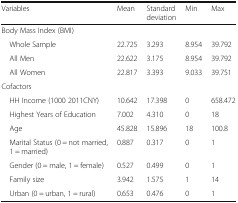
<table><thead><tr><td><b>Variables</b></td><td><b>Mean</b></td><td><b>Standard deviation</b></td><td><b>Min</b></td><td><b>Max</b></td></tr></thead><tbody><tr><td colspan="5">Body Mass Index (BMI)</td></tr><tr><td> Whole Sample</td><td>22.725</td><td>3.293</td><td>8.954</td><td>39.792</td></tr><tr><td> All Men</td><td>22.622</td><td>3.175</td><td>8.954</td><td>39.792</td></tr><tr><td> All Women</td><td>22.817</td><td>3.393</td><td>9.033</td><td>39.751</td></tr><tr><td colspan="5">Cofactors</td></tr><tr><td> HH Income (1000 2011CNY)</td><td>10.642</td><td>17.398</td><td>0</td><td>658.472</td></tr><tr><td> Highest Years of Education</td><td>7.002</td><td>4.310</td><td>0</td><td>18</td></tr><tr><td> Age</td><td>45.828</td><td>15.896</td><td>18</td><td>100.8</td></tr><tr><td> Marital Status (0 = not married, 1 = married)</td><td>0.887</td><td>0.317</td><td>0</td><td>1</td></tr><tr><td> Gender (0 = male, 1 = female)</td><td>0.527</td><td>0.499</td><td>0</td><td>1</td></tr><tr><td> Family size</td><td>3.942</td><td>1.575</td><td>1</td><td>14</td></tr><tr><td> Urban (0 = urban, 1 = rural)</td><td>0.653</td><td>0.476</td><td>0</td><td>1</td></tr></tbody></table>